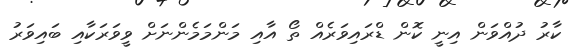
ކާރު ދުއްވަން އިނީ ކޮން ޑްރައިވަރެއް ތޯ އާއި މަންމަމެންނަށް ވީވަރަކާއި ބައިވަރު